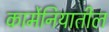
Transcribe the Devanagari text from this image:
कार्मेनियातील